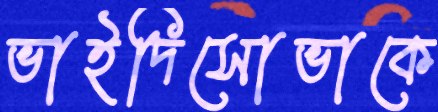
ভাইদিসোভাকে